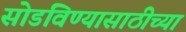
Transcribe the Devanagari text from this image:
सोडविण्यासाठीच्या